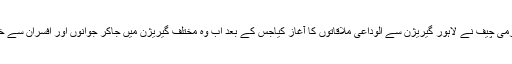
واضح رہے کہ آرمی چیف نے لاہور گیریژن سے الوداعی ملاقاتوں کا آغاز کیاجس کے بعد اب وہ مختلف گیریژن میں جاکر جوانوں اور افسران سے خطاب کریں گے ۔